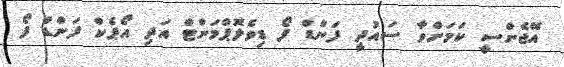
އޭޖެންސީ ކަމަށްވާ ސައުދީ ފަންޑް ފޯ ޑިވެލޮޕްމަންޓް އަދި އޯޕެކް ފަންޑް ފޯ